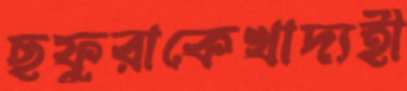
ছফুরাকেখাদ্যহী